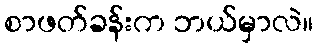
စာဖတ်ခန်းက ဘယ်မှာလဲ။